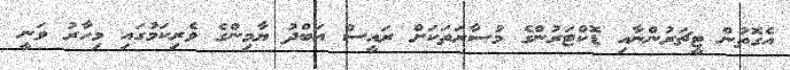
އެގޮތުން ޓީޗަރުންނާއި ޑޮކްޓަރުންގެ މުސާރަތަކަށް ރައީސް އަބްދު ޔާމިންގެ ވެރިކަމުގައި މިހާރު ވަނީ